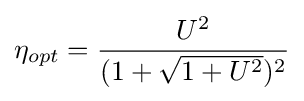
\eta _{opt}={\frac {U^{2}}{(1+{\sqrt {1+U^{2}}})^{2}}}